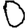
Digit: 0